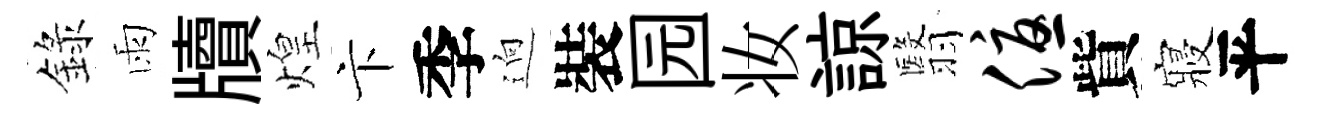
錄雨牘煌卞季逈裝园妆諒翳优貲寢平